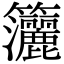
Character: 𥸗